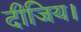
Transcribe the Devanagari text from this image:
दीजिय।